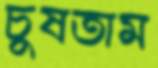
চুষতাম